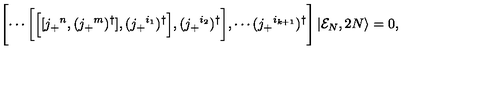
\Biggl [ \cdots \biggl [ \Bigl [ [ j _ { + } { } ^ { n } , ( j _ { + } { } ^ { m } ) ^ { \dagger } ] , ( j _ { + } { } ^ { i _ { 1 } } ) ^ { \dagger } \Bigr ] , ( j _ { + } { } ^ { i _ { 2 } } ) ^ { \dagger } \biggr ] , \cdots ( j _ { + } { } ^ { i _ { k + 1 } } ) ^ { \dagger } \Biggr ] \left| { \cal E } _ { N } , 2 N \right\rangle = 0 ,